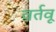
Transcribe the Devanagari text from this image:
वर्तवू